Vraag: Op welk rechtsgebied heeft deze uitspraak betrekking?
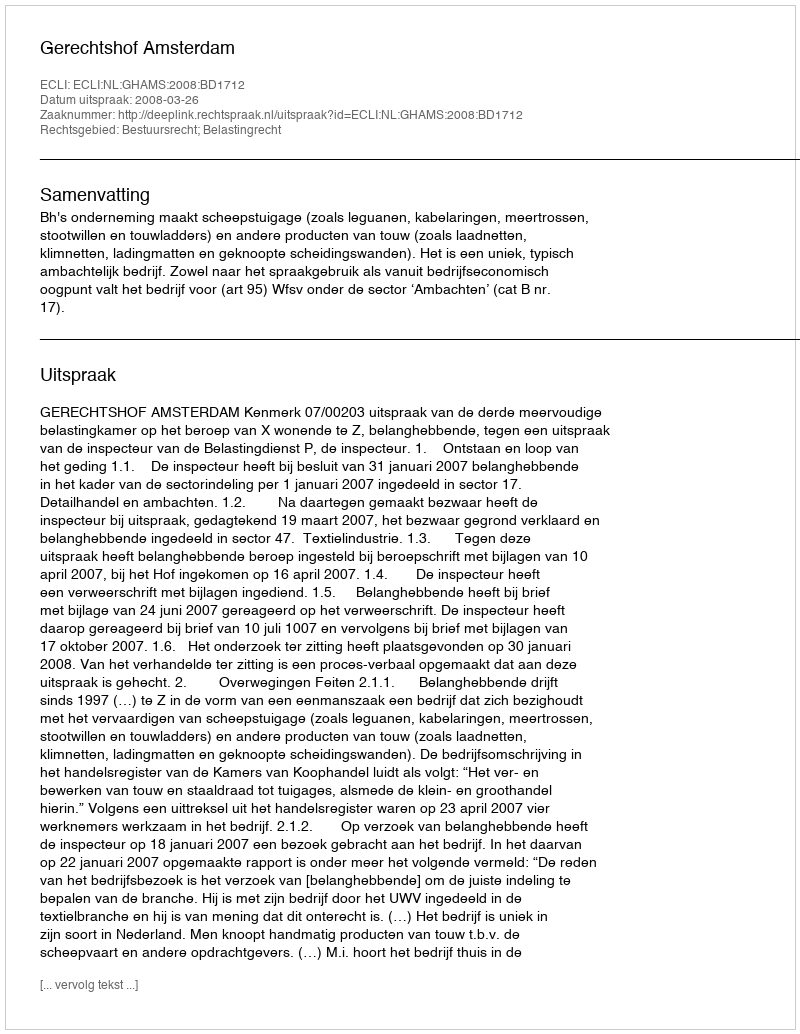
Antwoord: Bestuursrecht; Belastingrecht